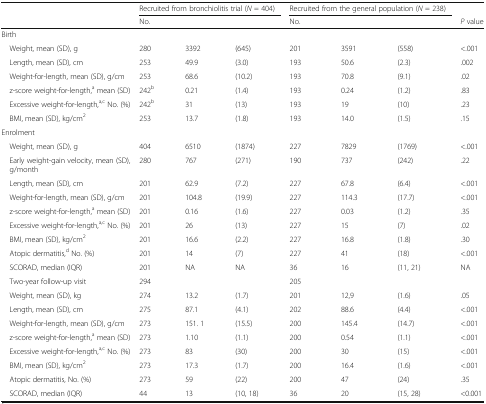
<table><thead><tr><td rowspan="2"></td><td colspan="3"><b>Recruited from bronchiolitis trial (<i>N</i> = 404)</b></td><td colspan="3"><b>Recruited from the general population (<i>N</i> = 238)</b></td><td></td></tr><tr><td><b>No.</b></td><td></td><td></td><td><b>No.</b></td><td></td><td></td><td><b><i>P</i> value</b></td></tr></thead><tbody><tr><td colspan="8">Birth</td></tr><tr><td> Weight, mean (SD), g</td><td>280</td><td>3392</td><td>(645)</td><td>201</td><td>3591</td><td>(558)</td><td>&lt;.001</td></tr><tr><td> Length, mean (SD), cm</td><td>253</td><td>49.9</td><td>(3.0)</td><td>193</td><td>50.6</td><td>(2.3)</td><td>.002</td></tr><tr><td> Weight-for-length, mean (SD), g/cm</td><td>253</td><td>68.6</td><td>(10.2)</td><td>193</td><td>70.8</td><td>(9.1)</td><td>.02</td></tr><tr><td> z-score weight-for-length,<sup>a</sup> mean (SD)</td><td>242<sup>b</sup></td><td>0.21</td><td>(1.4)</td><td>193</td><td>0.24</td><td>(1.2)</td><td>.83</td></tr><tr><td> Excessive weight-for-length,<sup>a,c</sup> No. (%)</td><td>242<sup>b</sup></td><td>31</td><td>(13)</td><td>193</td><td>19</td><td>(10)</td><td>.23</td></tr><tr><td> BMI, mean (SD), kg/cm<sup>2</sup></td><td>253</td><td>13.7</td><td>(1.8)</td><td>193</td><td>14.0</td><td>(1.5)</td><td>.15</td></tr><tr><td>Enrolment</td><td></td><td></td><td></td><td></td><td></td><td></td><td></td></tr><tr><td> Weight, mean (SD), g</td><td>404</td><td>6510</td><td>(1874)</td><td>227</td><td>7829</td><td>(1769)</td><td>&lt;.001</td></tr><tr><td> Early weight-gain velocity, mean (SD), g/month</td><td>280</td><td>767</td><td>(271)</td><td>190</td><td>737</td><td>(242)</td><td>.22</td></tr><tr><td> Length, mean (SD), cm</td><td>201</td><td>62.9</td><td>(7.2)</td><td>227</td><td>67.8</td><td>(6.4)</td><td>&lt;.001</td></tr><tr><td> Weight-for-length, mean (SD), g/cm</td><td>201</td><td>104.8</td><td>(19.9)</td><td>227</td><td>114.3</td><td>(17.7)</td><td>&lt;.001</td></tr><tr><td> z-score weight-for-length,<sup>a</sup> mean (SD)</td><td>201</td><td>0.16</td><td>(1.6)</td><td>227</td><td>0.03</td><td>(1.2)</td><td>.35</td></tr><tr><td> Excessive weight-for-length,<sup>a,c</sup> No. (%)</td><td>201</td><td>26</td><td>(13)</td><td>227</td><td>15</td><td>(7)</td><td>.02</td></tr><tr><td> BMI, mean (SD), kg/cm<sup>2</sup></td><td>201</td><td>16.6</td><td>(2.2)</td><td>227</td><td>16.8</td><td>(1.8)</td><td>.30</td></tr><tr><td> Atopic dermatitis,<sup>d</sup> No. (%)</td><td>201</td><td>14</td><td>(7)</td><td>227</td><td>41</td><td>(18)</td><td>&lt;.001</td></tr><tr><td> SCORAD, median (IQR)</td><td>201</td><td>NA</td><td>NA</td><td>36</td><td>16</td><td>(11, 21)</td><td>NA</td></tr><tr><td> Two-year follow-up visit</td><td>294</td><td></td><td></td><td>205</td><td></td><td></td><td></td></tr><tr><td> Weight, mean (SD), kg</td><td>274</td><td>13.2</td><td>(1.7)</td><td>201</td><td>12,9</td><td>(1.6)</td><td>.05</td></tr><tr><td> Length, mean (SD), cm</td><td>275</td><td>87.1</td><td>(4.1)</td><td>202</td><td>88.6</td><td>(4.4)</td><td>&lt;.001</td></tr><tr><td> Weight-for-length, mean (SD), g/cm</td><td>273</td><td>151. 1</td><td>(15.5)</td><td>200</td><td>145.4</td><td>(14.7)</td><td>&lt;.001</td></tr><tr><td> z-score weight-for-length,<sup>a</sup> mean (SD)</td><td>273</td><td>1.10</td><td>(1.1)</td><td>200</td><td>0.54</td><td>(1.1)</td><td>&lt;.001</td></tr><tr><td> Excessive weight-for-length,<sup>a,c</sup> No. (%)</td><td>273</td><td>83</td><td>(30)</td><td>200</td><td>30</td><td>(15)</td><td>&lt;.001</td></tr><tr><td> BMI, mean (SD), kg/cm<sup>2</sup></td><td>273</td><td>17.3</td><td>(1.7)</td><td>200</td><td>16.4</td><td>(1.6)</td><td>&lt;.001</td></tr><tr><td> Atopic dermatitis, No. (%)</td><td>273</td><td>59</td><td>(22)</td><td>200</td><td>47</td><td>(24)</td><td>.35</td></tr><tr><td> SCORAD, median (IQR)</td><td>44</td><td>13</td><td>(10, 18)</td><td>36</td><td>20</td><td>(15, 28)</td><td>&lt;0.001</td></tr></tbody></table>